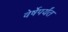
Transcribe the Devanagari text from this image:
वेर्षेपर्यंत